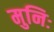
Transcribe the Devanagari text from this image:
मुनिः